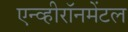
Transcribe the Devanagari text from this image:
एन्व्हीरॉनमेंटल